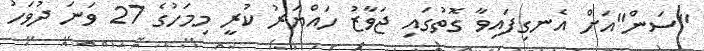
"ސަން"އަށް އެނގިފައިވާ ގޮތުގައި ޖަވާޒު ހައްޔަރު ކުރީ މިމަހުގެ 27 ވަނަ ދުވަހު